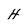
Character: H